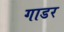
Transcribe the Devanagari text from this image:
गाडर